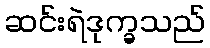
ဆင်းရဲဒုက္ခသည်